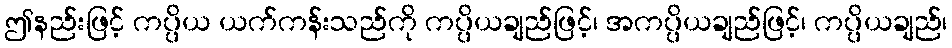
ဤနည်းဖြင့် ကပ္ပိယ ယက်ကန်းသည်ကို ကပ္ပိယချည်ဖြင့်၊ အကပ္ပိယချည်ဖြင့်၊ ကပ္ပိယချည်၊